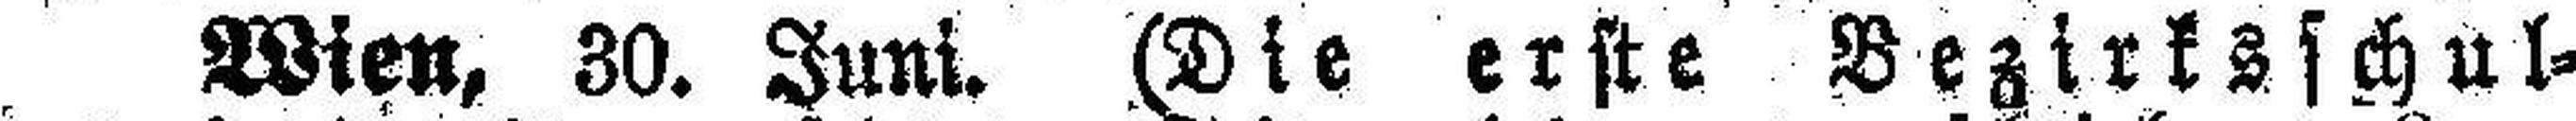
Wien, 30. Juni. (Die erste Bezirksschul¬